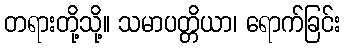
တရားတို့သို့။ သမာပတ္တိယာ၊ ရောက်ခြင်း